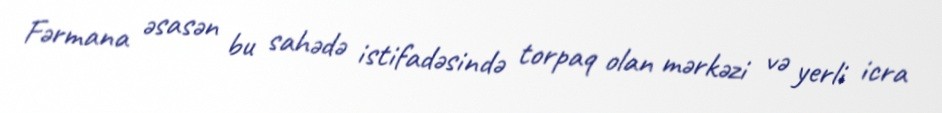
Fərmana əsasən bu sahədə istifadəsində torpaq olan mərkəzi və yerli icra